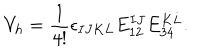
V _ { h } = { \frac { 1 } { 4 ! } } \epsilon _ { I J K L } E _ { 1 2 } ^ { I J } E _ { 3 4 } ^ { K L } .